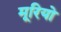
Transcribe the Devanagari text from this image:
मूरियो